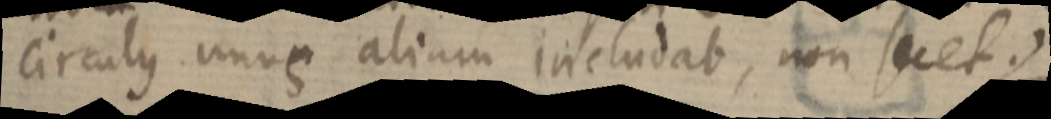
circulus unus aliam includat, non secet.